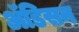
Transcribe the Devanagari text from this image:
ॲडिसन